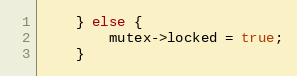
Language: C++
    } else {
        mutex->locked = true;
    }